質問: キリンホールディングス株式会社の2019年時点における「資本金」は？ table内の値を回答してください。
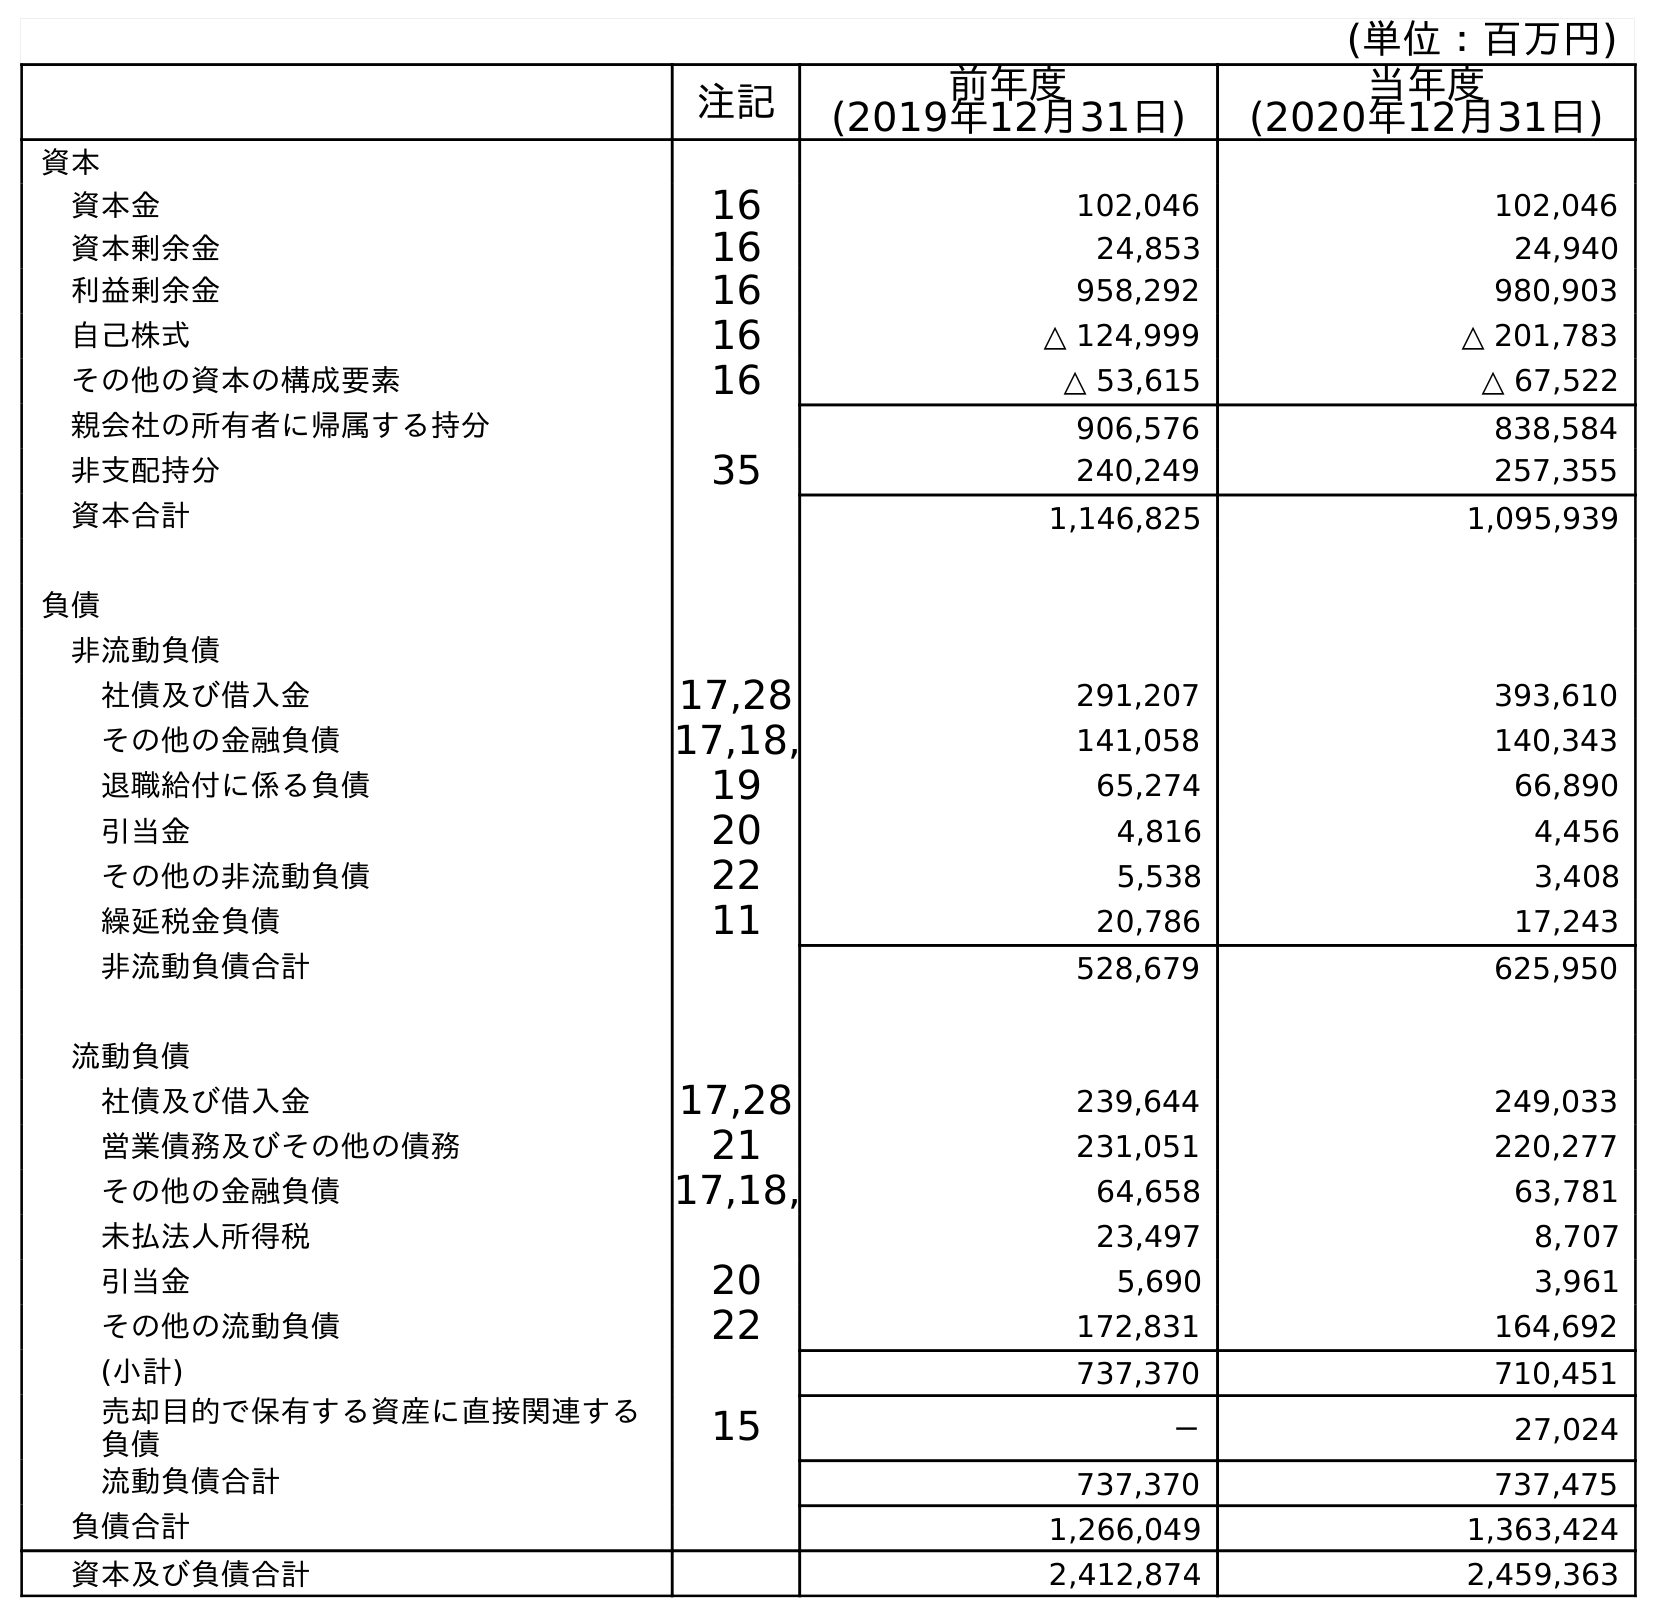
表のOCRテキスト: (単位：百万円) 注記 前年度 (2019年12月31日) 当年度 (2020年12月31日) 資本 資本金 16 102,046 102,046 資本剰余金 16 24,853 24,940 利益剰余金 16 958,292 980,903 自己株式 16 △ 124,999 △ 201,783 その他の資本の構成要素 16 △ 53,615 △ 67,522 親会社の所有者に帰属する持分 906,576 838,584 非支配持分 35 240,249 257,355 資本合計 1,146,825 1,095,939 負債 非流動負債 社債及び借入金 17,28 291,207 393,610 その他の金融負債 17,18, 141,058 140,343 退職給付に係る負債 19 65,274 66,890 引当金 20 4,816 4,456 その他の非流動負債 22 5,538 3,408 繰延税金負債 11 20,786 17,243 非流動負債合計 528,679 625,950 流動負債 社債及び借入金 17,28 239,644 249,033 営業債務及びその他の債務 21 231,051 220,277 その他の金融負債 17,18, 64,658 63,781 未払法人所得税 23,497 8,707 引当金 20 5,690 3,961 その他の流動負債 22 172,831 164,692 (小計) 737,370 710,451 売却目的で保有する資産に直接関連する 負債 15 － 27,024 流動負債合計 737,370 737,475 負債合計 1,266,049 1,363,424 資本及び負債合計 2,412,874 2,459,363
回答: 102,046